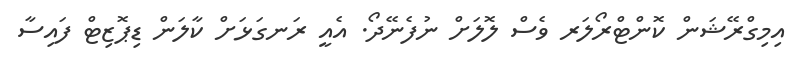
އިމިގްރޭޝަން ކޮންޓްރޯލަރ ވެސް ލޮލަށް ނުފެނޭދޯ. އެއީ ރަނގަޅަށް ކާލަން ޑިޕޮޒިޓް ފައިސާ